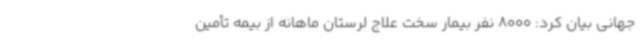
جهانی بیان کرد: 8000 نفر بیمار سخت علاج لرستان ماهانه از بیمه تأمین